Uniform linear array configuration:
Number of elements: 8
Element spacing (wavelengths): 0.5
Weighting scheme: kaiser
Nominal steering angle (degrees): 45
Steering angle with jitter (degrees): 43.245
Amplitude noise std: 0.05
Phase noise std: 0.05

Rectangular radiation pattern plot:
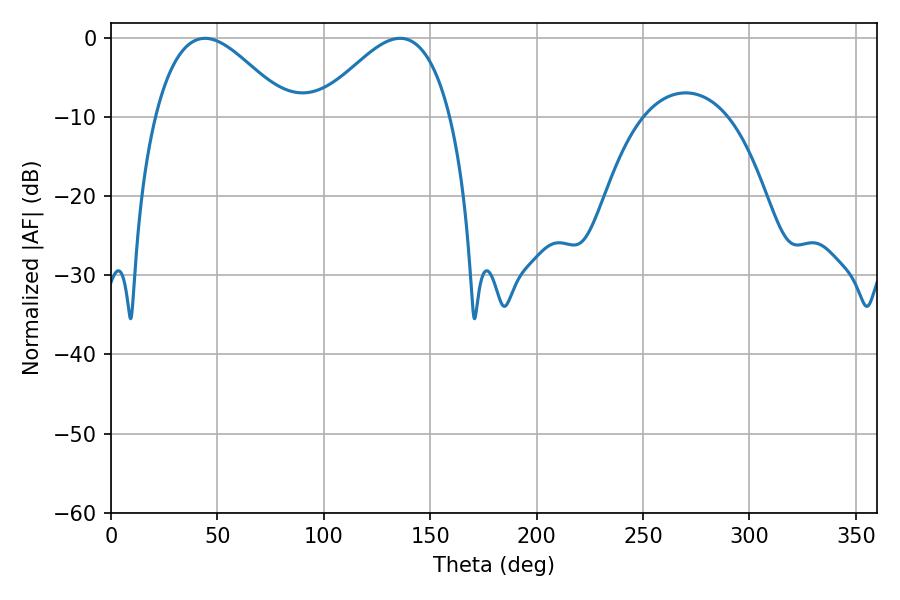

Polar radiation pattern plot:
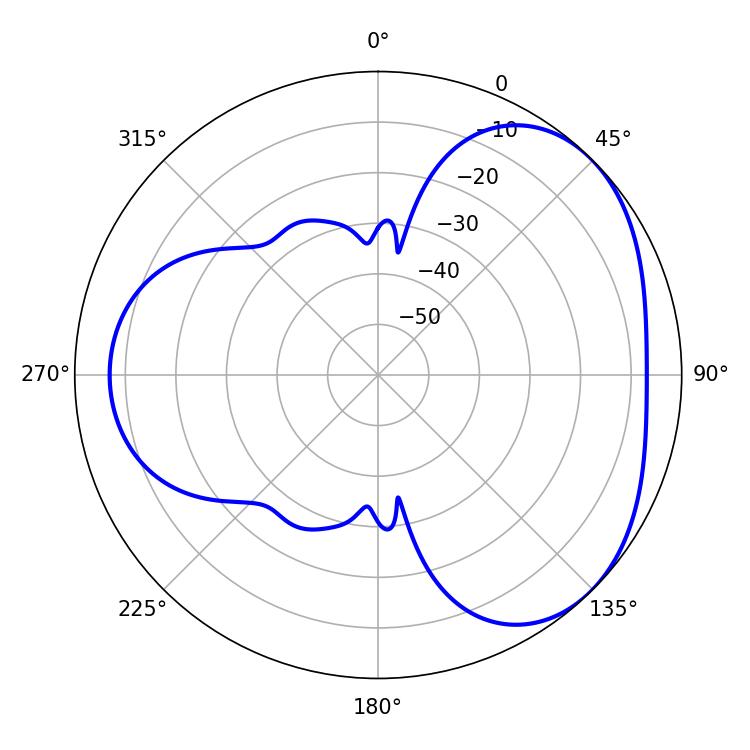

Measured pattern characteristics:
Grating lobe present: FALSE
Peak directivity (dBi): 3.788
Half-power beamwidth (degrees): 33.66
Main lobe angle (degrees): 135.9